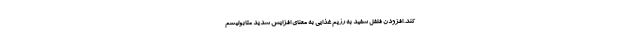
کند. افزودن فلفل سفید به رژیم غذایی به معنای افزایش شدید متابولیسم